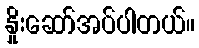
နှိုးဆော်အပ်ပါတယ်။